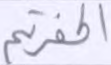
أكفرتم